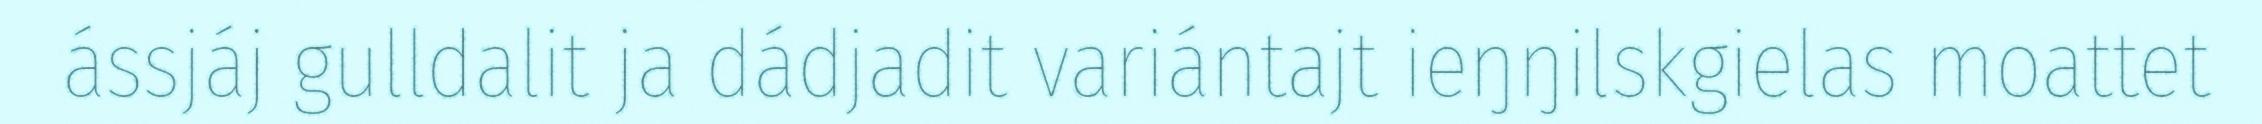
ássjáj gulldalit ja dádjadit variántajt ieŋŋilskgielas moattet